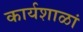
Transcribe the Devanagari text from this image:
कार्यशाळां